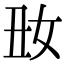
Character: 𡚽